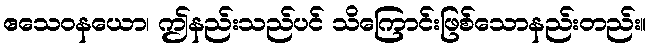
ဧသေဝနယော၊ ဤနည်းသည်ပင် သိကြောင်းဖြစ်သောနည်းတည်း။